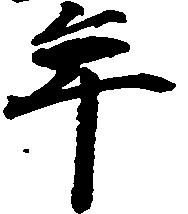
年